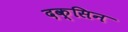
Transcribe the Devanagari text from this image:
दक्सिन